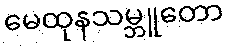
မေထုနသမ္ဘူတော